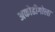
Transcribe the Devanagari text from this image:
अकोढीगोला